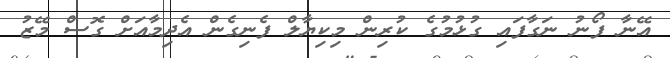
އޭނާ ފޯނު ނަގާފައި ގުޅުމުގެ ކުރިން މިކިޔާލް ފެނިގެން އެދިމާއަށް ގޮސް މޭޒު